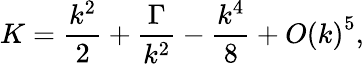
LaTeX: K=\frac{{{k^{2}}}}{2}+\frac{\Gamma}{{{k^{2}}}}-\frac{{{k^{4}}}}{8}+O{\left(k\right)^{5}},